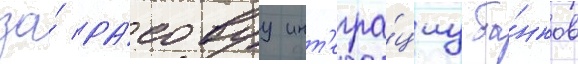
за́ ра́совуу инт'егра́циу ба́нков